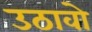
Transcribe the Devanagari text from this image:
उठावो